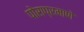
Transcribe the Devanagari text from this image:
पोराप्रमाणे